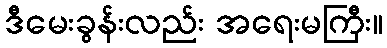
ဒီမေးခွန်းလည်း အရေးမကြီး။